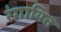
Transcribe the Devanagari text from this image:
रंगायित